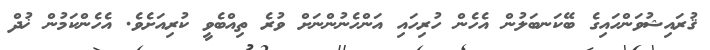
ޤުރައިޝުވަންހައިގެ ބޭކަނބަލުން އެހެން ހުރިހައި އަންހެނުންނަށް ވުރެ ތިއްބެވީ ކުރިއަށެވެ. އެހެންކަމުން ޚުދް